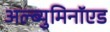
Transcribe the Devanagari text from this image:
अल्ब्युमिनॉएड